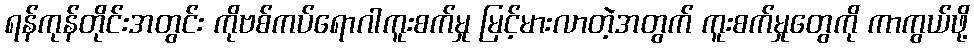
ရန်ကုန်တိုင်းအတွင်း ကိုဗစ်ကပ်ရောဂါကူးစက်မှု မြင့်မားလာတဲ့အတွက် ကူးစက်မှုတွေကို ကာကွယ်ဖို့